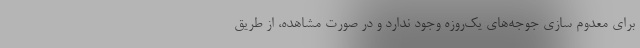
برای معدوم سازی جوجه‌های یک‌روزه وجود ندارد و در صورت مشاهده، از طریق